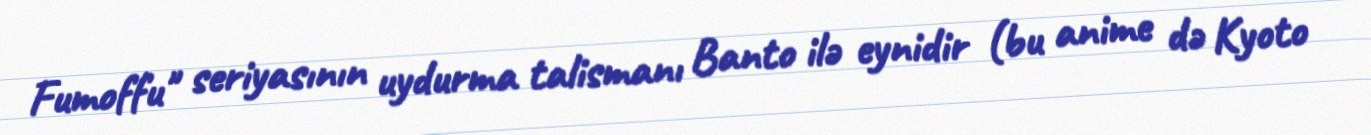
Fumoffu" seriyasının uydurma talismanı Banto ilə eynidir (bu anime də Kyoto